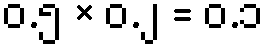
၀.၅ × ၀.၂ = ၀.၁